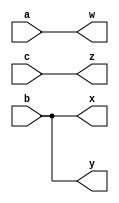
module top_module( input a,b,c,output w,x,y,z );
    
    assign w = a; //assign statements are executed in parallel
    assign x = b;
    assign y = b;
    assign z = c;
endmodule